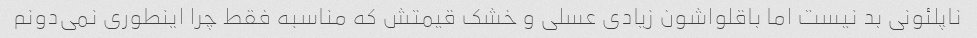
ناپلئونی بد نیست اما باقلواشون زیادی عسلی و خشک قیمتش که مناسبه فقط چرا اینطوری نمی‌دونم